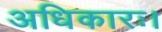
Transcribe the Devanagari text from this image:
अधिकारः।